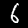
Label: 6